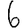
Digit: 6